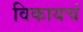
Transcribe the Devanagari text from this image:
विकायचं